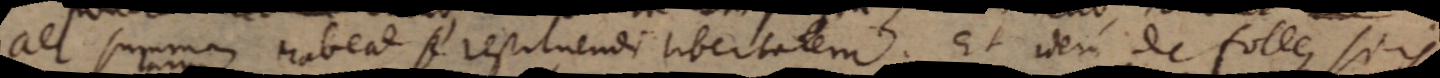
aer summam habeat se restituendi libertatem. Et idem de folle, si is